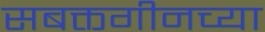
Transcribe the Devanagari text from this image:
सबक्तगीनच्या